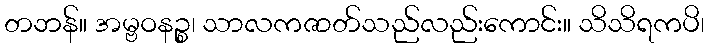
တဘန်။ အမ္ဗဝနဉ္စ၊ သာလကဇာတ်သည်လည်းကောင်း။ သိသိရကပိ၊